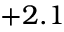
+ 2 . 1